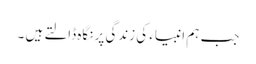
جب ہم انبیاء کی زندگی پر نگاہ ڈالتے ہیں ۔